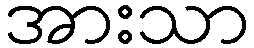
အားသာ